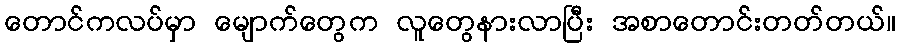
တောင်ကလပ်မှာ မျောက်တွေက လူတွေနားလာပြီး အစာတောင်းတတ်တယ်။